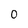
Character: 0